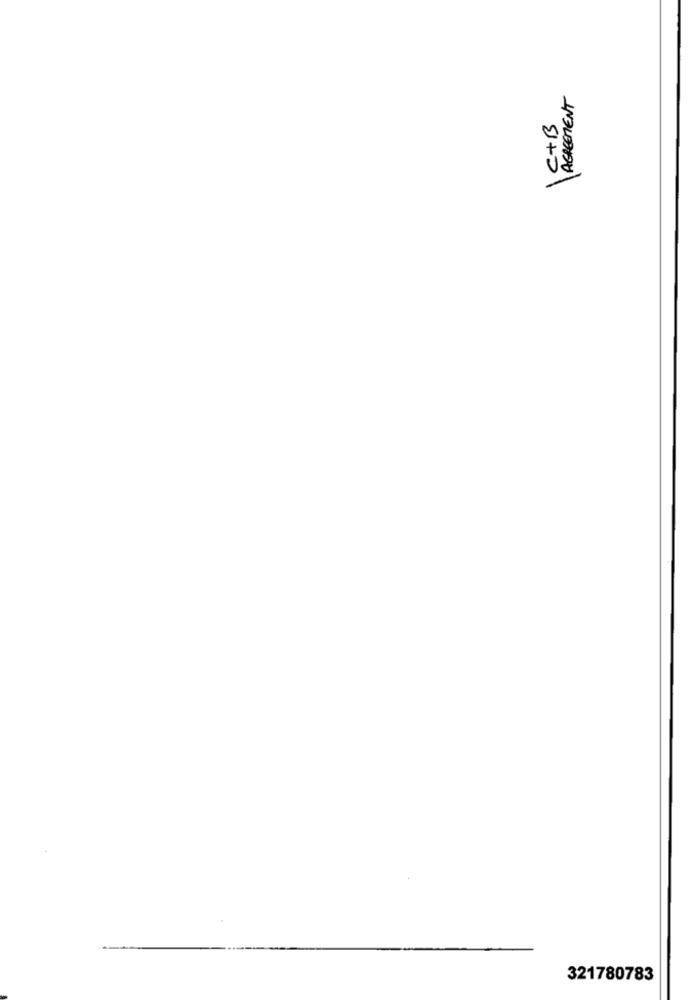
AGREEMENT
C+B
321780783